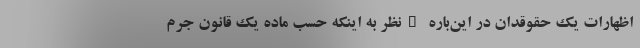
اظهارات یک حقوقدان در این‌باره "نظر به اینکه حسب ماده یک قانون جرم